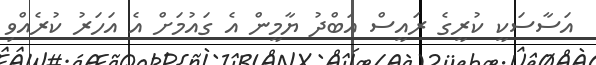
އަސާސަކީ ކުރީގެ ރައީސް އަބްދު ޔާމީން އެ ގައުމަށް އެ އަހަރު ކުރެއްވި